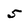
Character: 5